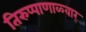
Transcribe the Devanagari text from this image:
तिरुप्पाणाळ्वार्